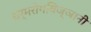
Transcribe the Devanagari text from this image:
चर्मरोगविज्ञानी